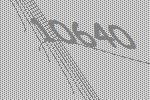
10640